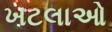
ખટલાઓ